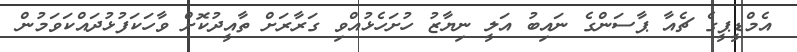
އެމްޑީޕީގެ ޗެއާ ޕާސަންގެ ނައިބު އަލީ ނިޔާޒު ހުށަހެޅުއްވި ގަރާރަށް ތާއީދުކޮށް ވާހަކަފުޅުދައްކަވަމުން